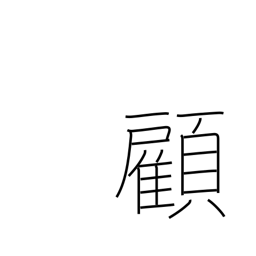
Meaning: look back